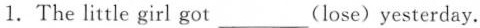
1.The little girl got ___(lose)yesterday.